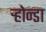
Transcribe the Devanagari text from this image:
ऱ्होन्डा